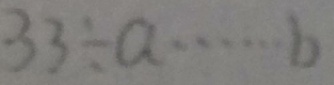
3 3 \div a \cdots b